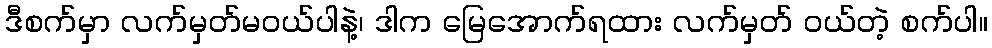
ဒီစက်မှာ လက်မှတ်မဝယ်ပါနဲ့၊ ဒါက မြေအောက်ရထား လက်မှတ် ဝယ်တဲ့ စက်ပါ။